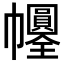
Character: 𢆀